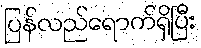
ပြန်လည်ရောက်ရှိပြီး